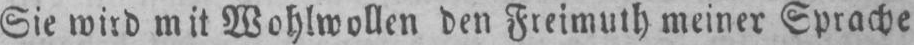
Sie wird mit Wohlwollen den Freimuth meiner Sprache